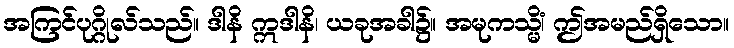
အကြင်ပုဂ္ဂိုလ်သည်။ ဒါနိ ဣဒါနိ၊ ယခုအခါ၌။ အမုကသ္မိံ၊ ဤအမည်ရှိသော။